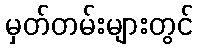
မှတ်တမ်းများတွင်